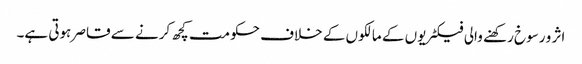
اثر و رسوخ رکھنے والی فیکٹریوں کے مالکوں کے خلاف حکومت کچھ کرنے سے قاصر ہوتی ہے۔